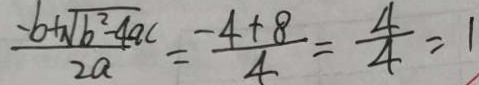
\frac { - b + \sqrt { b ^ { 2 } - 4 a c } } { 2 a } = \frac { - 4 + 8 } { 4 } = \frac { 4 } { 4 } = 1